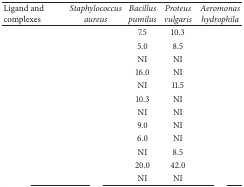
<table><thead><tr><td><b>Ligand and complexes</b></td><td><b><i>Staphylococcus aureus </i></b></td><td><b><i>Bacillus pumilus </i></b></td><td><b><i>Proteus vulgaris </i></b></td><td><b><i>Aeromonas hydrophila </i></b></td></tr></thead><tbody><tr><td>[EMPTY_CELL]</td><td>[EMPTY_CELL]</td><td>7.5</td><td>10.3</td><td>[EMPTY_CELL]</td></tr><tr><td>[EMPTY_CELL]</td><td>[EMPTY_CELL]</td><td>5.0</td><td>8.5</td><td>[EMPTY_CELL]</td></tr><tr><td>[EMPTY_CELL]</td><td>[EMPTY_CELL]</td><td>NI</td><td>NI</td><td>[EMPTY_CELL]</td></tr><tr><td>[EMPTY_CELL]</td><td>[EMPTY_CELL]</td><td>16.0</td><td>NI</td><td>[EMPTY_CELL]</td></tr><tr><td>[EMPTY_CELL]</td><td>[EMPTY_CELL]</td><td>NI</td><td>11.5</td><td>[EMPTY_CELL]</td></tr><tr><td>[EMPTY_CELL]</td><td>[EMPTY_CELL]</td><td>10.3</td><td>NI</td><td>[EMPTY_CELL]</td></tr><tr><td>[EMPTY_CELL]</td><td>[EMPTY_CELL]</td><td>NI</td><td>NI</td><td>[EMPTY_CELL]</td></tr><tr><td>[EMPTY_CELL]</td><td>[EMPTY_CELL]</td><td>9.0</td><td>NI</td><td>[EMPTY_CELL]</td></tr><tr><td>[EMPTY_CELL]</td><td>[EMPTY_CELL]</td><td>6.0</td><td>NI</td><td>[EMPTY_CELL]</td></tr><tr><td>[EMPTY_CELL]</td><td>[EMPTY_CELL]</td><td>NI</td><td>8.5</td><td>[EMPTY_CELL]</td></tr><tr><td>[EMPTY_CELL]</td><td>[EMPTY_CELL]</td><td>20.0</td><td>42.0</td><td>[EMPTY_CELL]</td></tr><tr><td>[EMPTY_CELL]</td><td>[EMPTY_CELL]</td><td>NI</td><td>NI</td><td>[EMPTY_CELL]</td></tr></tbody></table>